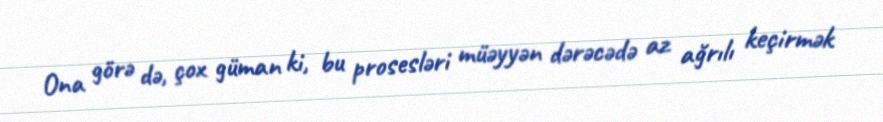
Ona görə də, çox güman ki, bu prosesləri müəyyən dərəcədə az ağrılı keçirmək